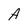
Character: A